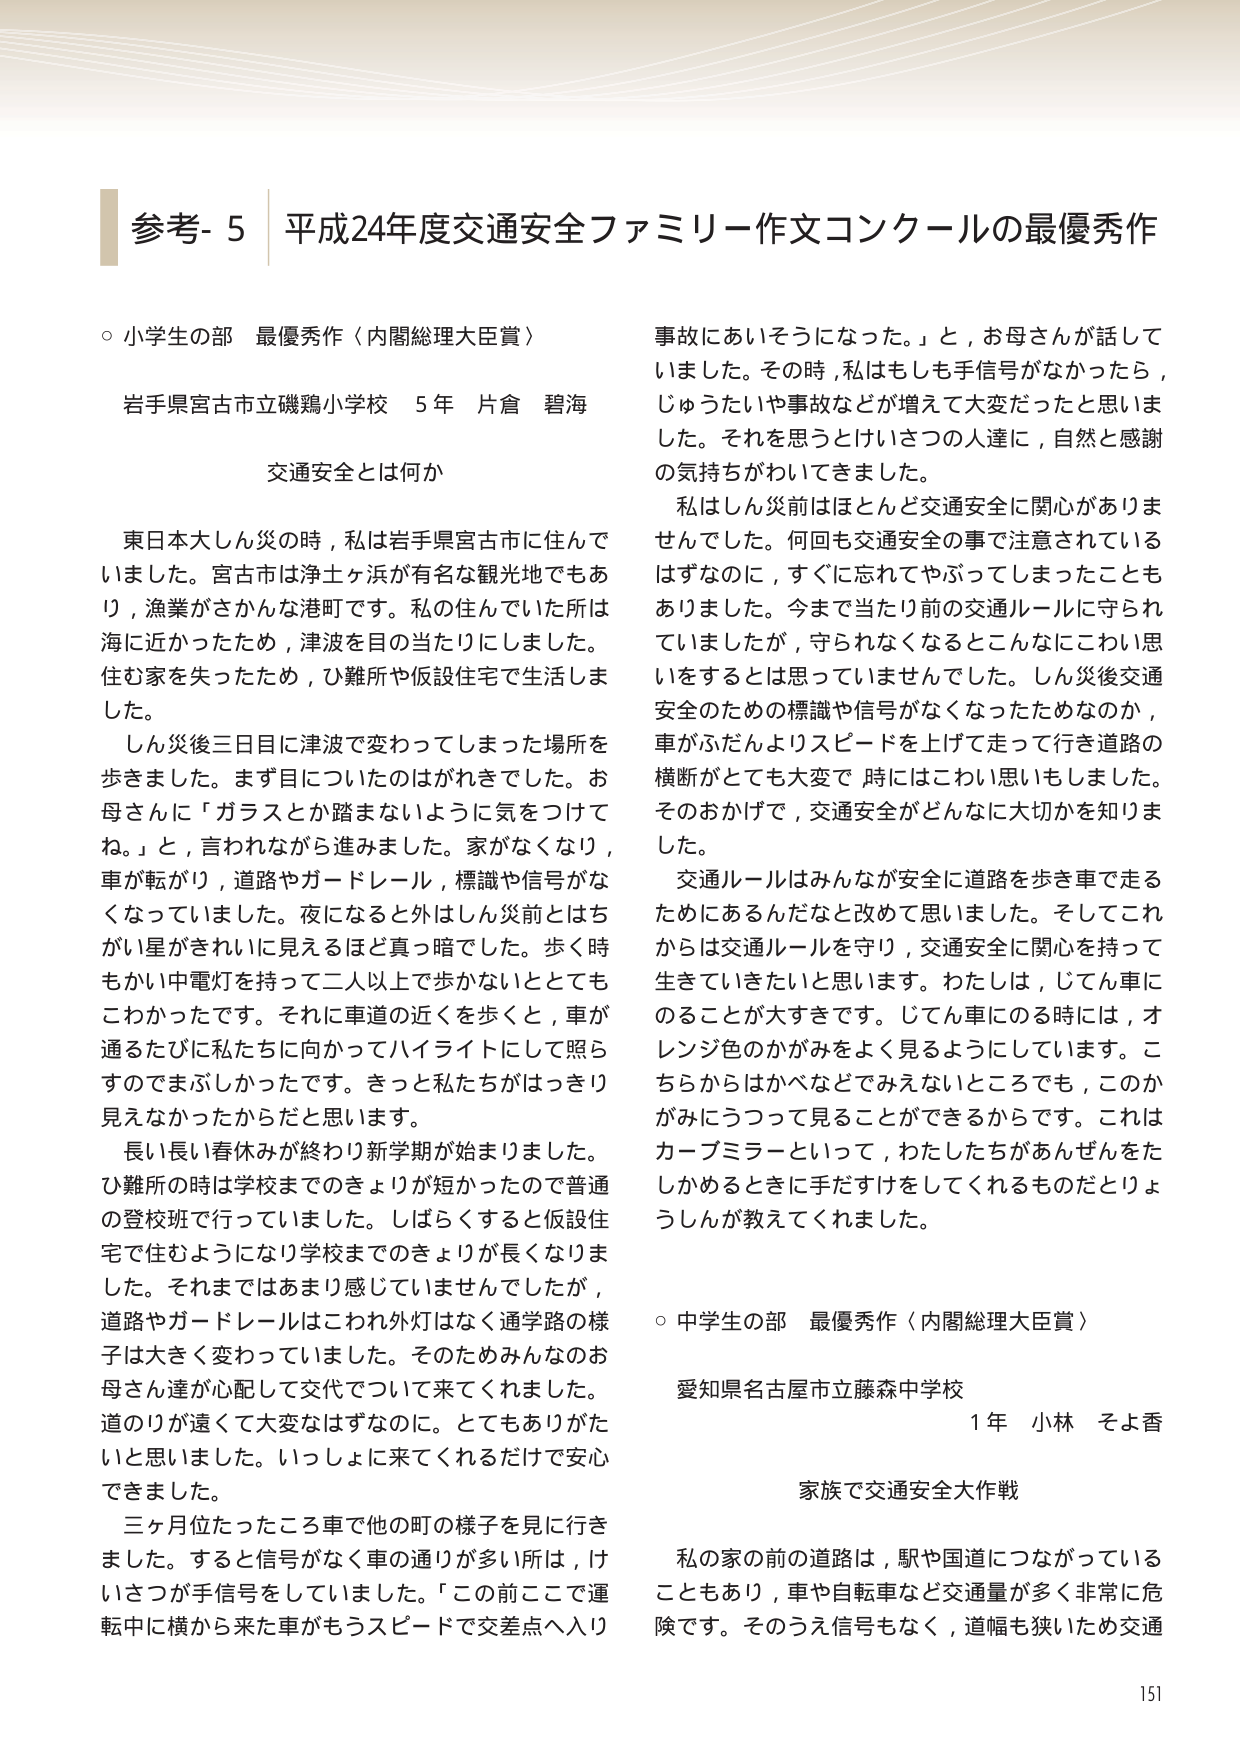
参考- 5 平成24年度交通安全ファミリー作文コンクールの最優秀作

○ 小学生の部 最優秀作〈内閣総理大臣賞〉
岩手県宮古市立磯鶏小学校 5年 片倉 碧海
交通安全とは何か

東日本大しん災の時，私は岩手県宮古市に住んでいました。宮古市は浄土ヶ浜が有名な観光地でもあり，漁業がさかんな港町です。私の住んでいた所は海に近かったため，津波を目の当たりにしました。住む家を失ったため，ひ難所や仮設住宅で生活しました。

しん災後三日目に津波で変わってしまった場所を歩きました。まず目についたのはがれきでした。お母さんに「ガラスとか踏まないように気をつけてね。」と，言われながら進みました。家がなくなり，車が転がり，道路やガードレール，標識や信号がなくなっていました。夜になると外はしん災前とはちがい星がきれいに見えるほど真っ暗でした。歩く時もかい中電灯を持って二人以上で歩かないときとでもこわかったです。それに車道の近くを歩くと，車が通るたびに私たちに向かってハイライトにして照らすでまぶしかったです。きっと私たちがはっきり見えなかったからだと思います。

長い長い春休みが終わり新学期が始まりました。ひ難所の時は学校までのきょりが短かったので普通の登校班で行っていました。しばらくすると仮設住宅で住むようになり学校までのきょりが長くなりました。それまではあまり感じていませんでしたが，道路やガードレールはこわれ外灯はなく通学路の様子は大きく変わっていました。そのためみんなのお母さん達が心配して交代でついて来てくれました。道のりが遠くて大変なはずなのに。とてもありがたいと思いました。いっしょに来てくれるだけで安心できました。

三ヶ月位たったころ車で他の町の様子を見に行きました。すると信号がなく車の通りが多い所は，けいさつが手信号をしていました。「この前ここで運転中に横から来た車がもうスピードで交差点へ入り事故にあいそうになった。」と，お母さんが話していました。その時，私はもしも手信号がなかったら，じゅうたいや事故などが増えて大変だったと思います。それを思うとけいさつの人達に，自然と感謝の気持ちがわいてきました。

私はしん災前はほとんど交通安全に関心がありませんでした。何回も交通安全の事で注意されているはずなのに，すぐに忘れてやぶってしまったこともありました。今まで当たり前のように交通ルールに守られていましたが，守られなくなるとこんなにこわい思いをするとは思っていませんでした。しん災後交通安全のための標識や信号がなくなったためなのか，車がふだんよりスピードを上げて走って行き道路の横断がとても大変で 時にはこわい思いもしました。そのおかげで，交通安全がどんなに大切かを知りました。

交通ルールはみんなが安全に道路を歩き車で走るためにあるんだなと改めて思いました。そしてこれからは交通ルールを守り，交通安全に関心を持って生きていきたいと思います。わたしは，じてん車にのることが大きです。じてん車にのる時には，オレンジ色のかがみをよく見るようにしています。こちらからはかべなどでみえないところでも，このかがみにうつって見ることができるのでです。これはカーブミラーといって，わたしたちがあんぜんをたしかめるときに手だすけをしてくれるものだというしんが教えてくれました。

○ 中学生の部 最優秀作〈内閣総理大臣賞〉
愛知県名古屋市立藤森中学校 1年 小林 そよ香
家族で交通安全大作戦

私の家の前の道路は，駅や国道につながっていることもあり，車や自転車など交通量が多く非常に危険です。そのうえ信号もなく，道幅も狭いため交通

151